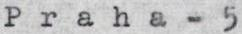
Praha - 5